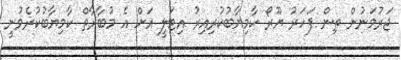
ޖަރުމަނުން ތިން ފަހަރު ޔޫރޯ ކާމިޔާބުކުރިއިރު އިޓަލީ އަށް އެ މުބާރާތް ކާމިޔާބުކުރެވުނީ